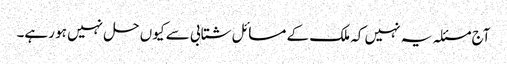
آج مسئلہ یہ نہیں کہ ملک کے مسائل شتابی سے کیوں حل نہیں ہو رہے۔